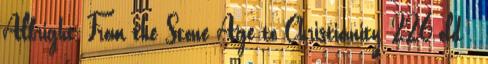
Albright, From the Stone Age to Christianity, 226.old .